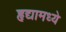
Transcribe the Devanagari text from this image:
हृद्यामध्ये